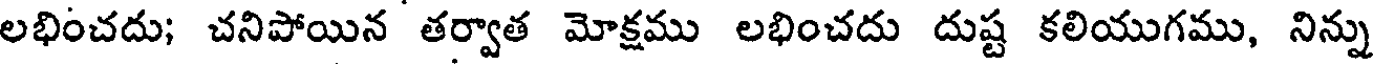
లభించదు; చనిపోయిన తర్వాత మోక్షము లభించదు దుష్ట కలియుగము, నిన్ను